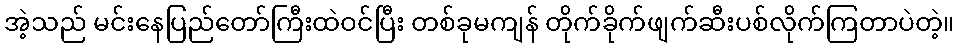
အဲ့သည် မင်းနေပြည်တော်ကြီးထဲဝင်ပြီး တစ်ခုမကျန် တိုက်ခိုက်ဖျက်ဆီးပစ်လိုက်ကြတာပဲတဲ့။